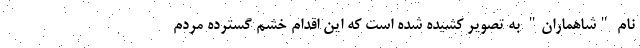
نام "شاهماران" به تصویر کشیده شده است که این اقدام خشم گسترده مردم